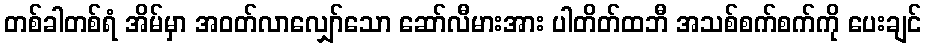
တစ်ခါတစ်ရံ အိမ်မှာ အဝတ်လာလျှော်သော ဆော်လီမားအား ပါတိတ်ထဘီ အသစ်စက်စက်ကို ပေးချင်